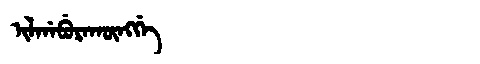
Manchu: ᡳᠯᡤᠠᠪᡠᡵᠠᡴᡡᠩᡤᡝ
Romanization: ILGABURAKŪNGGE